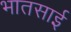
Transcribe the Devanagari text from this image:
भातसाई